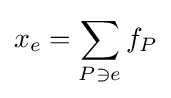
x_{e}=\sum _{P\ni e}f_{P}